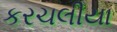
કરચલીયા